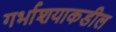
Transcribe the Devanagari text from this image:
गर्भाशयाकडील